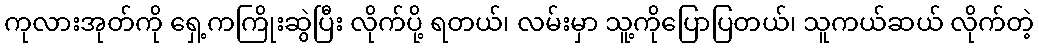
ကုလားအုတ်ကို ရှေ့ကကြိုးဆွဲပြီး လိုက်ပို့ ရတယ်၊ လမ်းမှာ သူ့ကိုပြောပြတယ်၊ သူကယ်ဆယ် လိုက်တဲ့